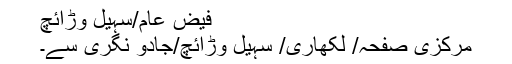
فیض عام/سہیل وڑائچ
مرکزی صفحہ/ لکھاری/ سہیل وڑائچ/جادو نگری سے۔